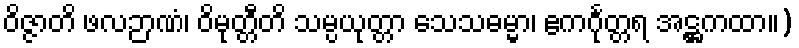
ဝိဇ္ဇာတိ ဖလဉာဏံ၊ ဝိမုတ္တီတိ သမ္ပယုတ္တာ သေသဓမ္မာ၊ ဧကင်္ဂုတ္တရ အဋ္ဌကထာ။)